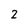
Character: 2